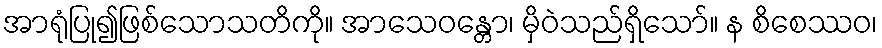
အာရုံပြု၍ဖြစ်သောသတိကို။ အာသေဝန္တော၊ မှိဝဲသည်ရှိသော်။ န စိစေဿဝ၊